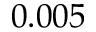
0 . 0 0 5